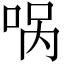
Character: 㖞